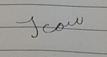
Signature authenticity: forged